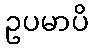
ဥပမာပိ